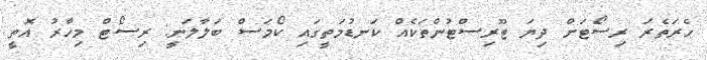
ހެރަތެރަ ރިސޯޓަށް ދިޔަ ޓޫރިސްޓުންތަކެއް ކަނޑުމަތީގައި ކޯމަސް ބަލާލަނީ: ރިސޯޓް މިހާރު އޮތީ